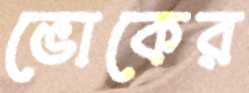
ভোকের